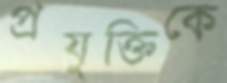
প্রযুক্তিকে